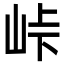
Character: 峠